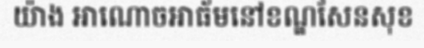
យ៉ាង អាណោចអាធ័មនៅខណ្ឌសែនសុខ